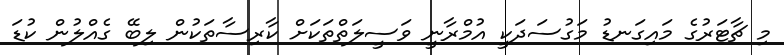
މި ޗާޓަރުގެ މައިގަނޑު މަގުސަދަކީ އުމްރާނީ ވަސީލަތްތަކަށް ކާރިސާތަކުން ލިބޭ ގެއްލުން ކުޑަ